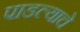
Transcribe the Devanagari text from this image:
पाडल्याचे